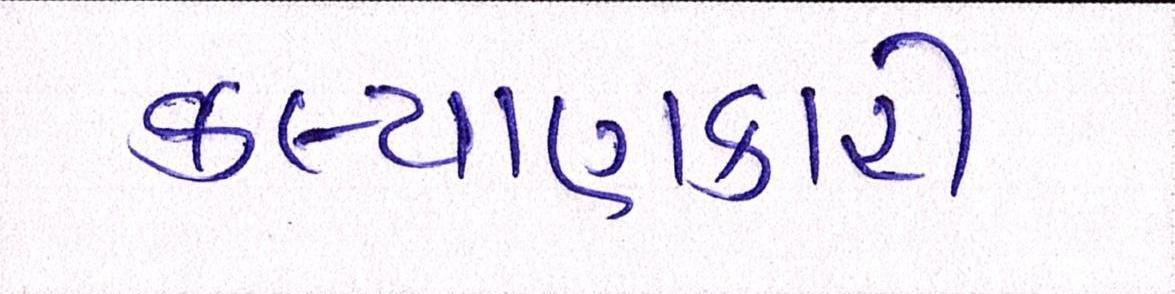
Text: કલ્યાણકારી